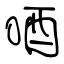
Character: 唒